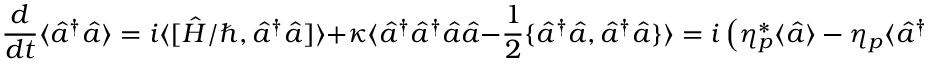
\frac { d } { d t } \langle \hat { a } ^ { \dagger } \hat { a } \rangle = i \langle [ \hat { H } / \hbar , \hat { a } ^ { \dagger } \hat { a } ] \rangle + \kappa \langle \hat { a } ^ { \dagger } \hat { a } ^ { \dagger } \hat { a } \hat { a } - \frac { 1 } { 2 } \{ \hat { a } ^ { \dagger } \hat { a } , \hat { a } ^ { \dagger } \hat { a } \} \rangle = i \left( \eta _ { p } ^ { * } \langle \hat { a } \rangle - \eta _ { p } \langle \hat { a } ^ { \dagger } \rangle \right) - \kappa \langle \hat { a } ^ { \dagger } \hat { a } \rangle ,